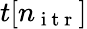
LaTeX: t[n_{\mathrm{~i~t~r~}}]